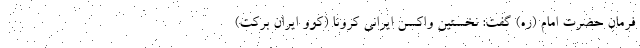
فرمان حضرت امام (ره) گفت: نخستین واکسن ایرانی کرونا (کوو ایران برکت)